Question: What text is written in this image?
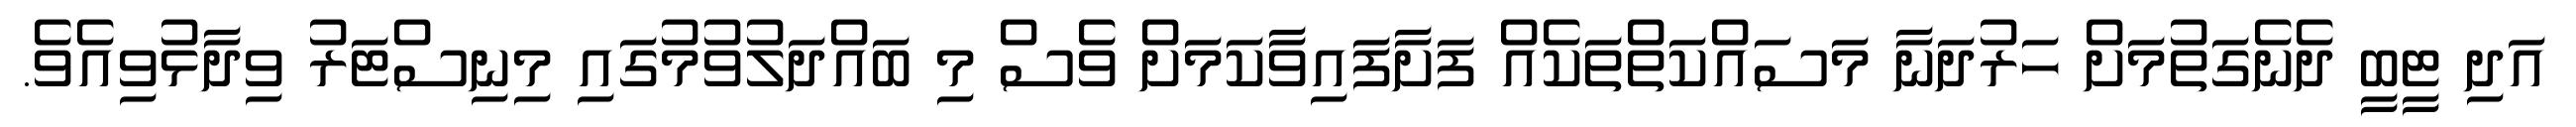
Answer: އަދި ޓީބީ ދެނެގަތުމަށް ހަރުދަނާ މަސައްކަތްތަކެއް ފަށާފައިވާކަމަށް ވެސް މި ބައްދަލުވުމުގައި މިނިސްޓަރު ވިދާޅުވިއެވެ.